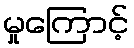
မှုကြောင့်